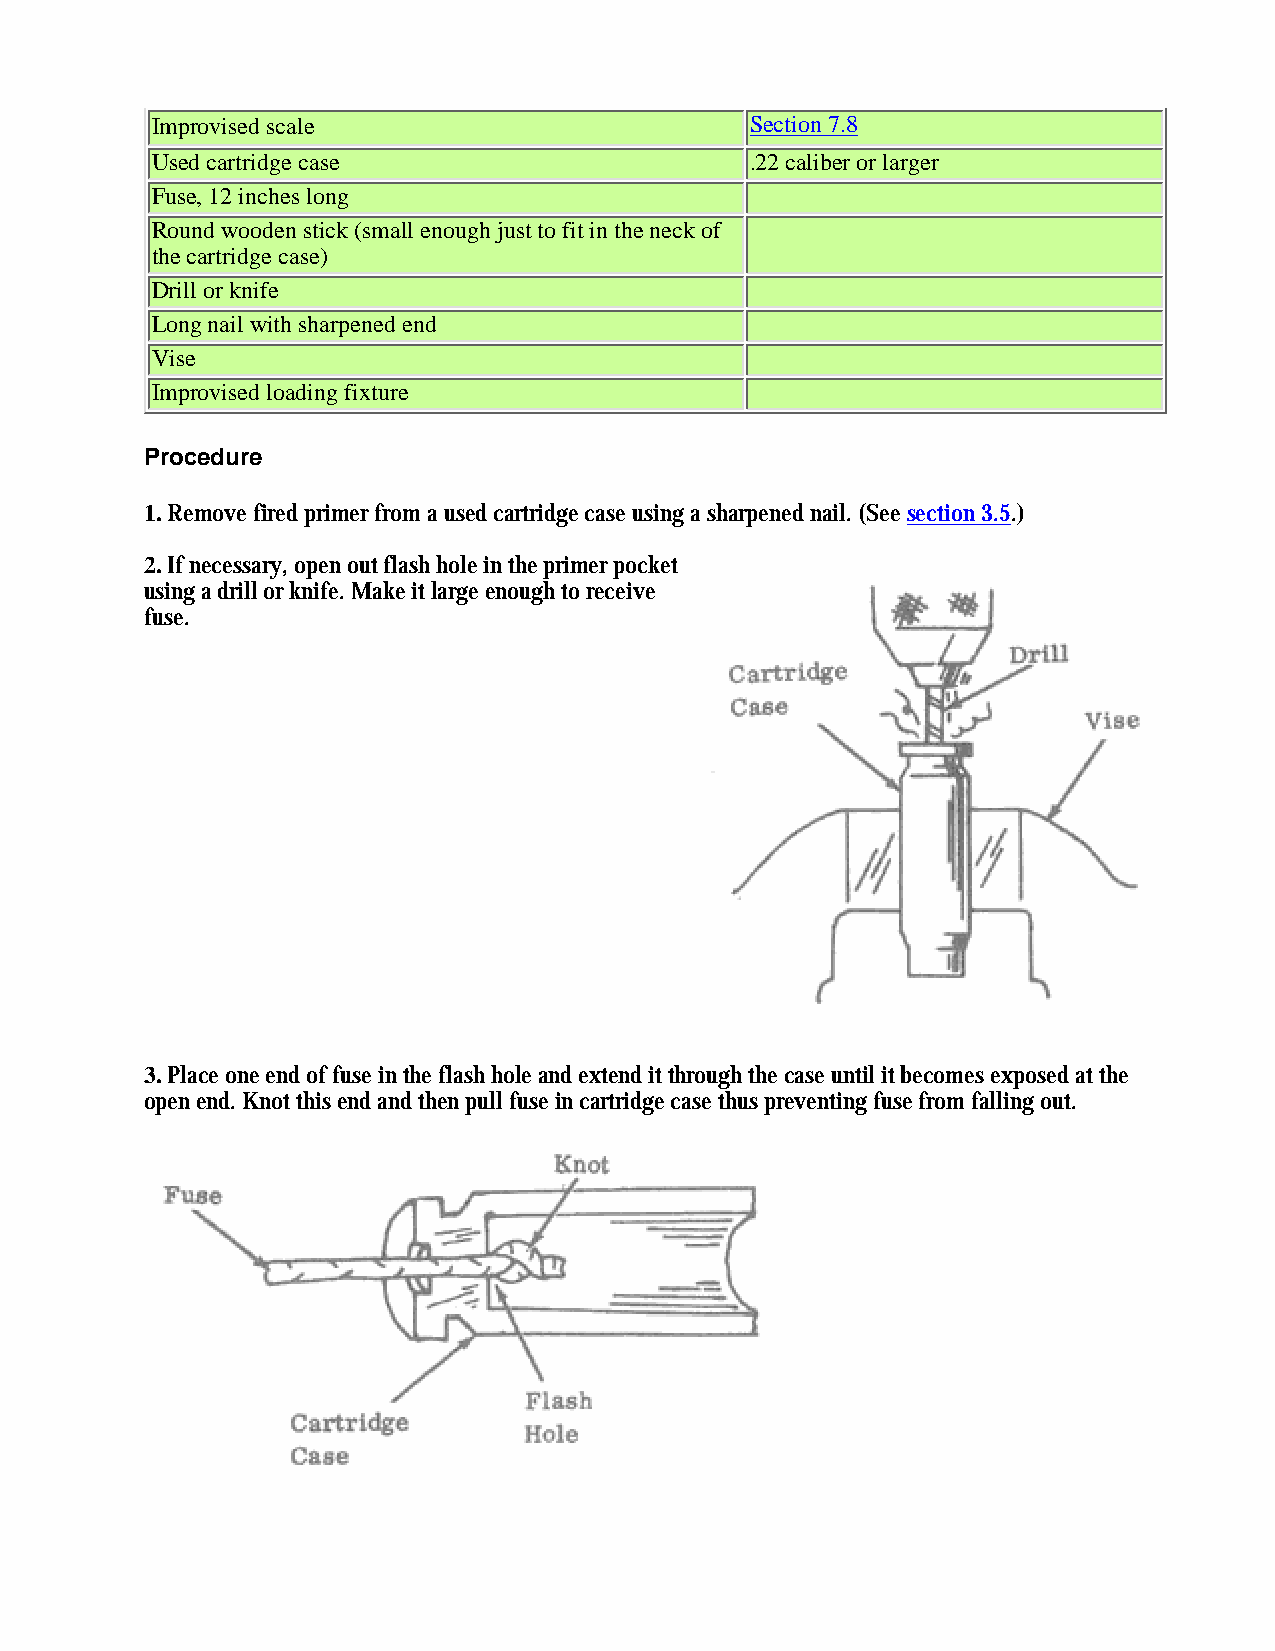
Improvised scale                        Section 7.8
 Used cartridge case                     .22 caliber or larger
 Fuse, 12 inches long
 Round wooden stick (small enough just to fit in the neck of
 the cartridge case)
 Drill or knife
 Long nail with sharpened end
 Vise
 Improvised loading fixture
 Procedure
 1. Remove fired primer from a used cartridge case using a sharpened nail. (See section 3.5.)
 2. If necessary, open out flash hole in the primer pocket
 using a drill or knife. Make it large enough to receive
 fuse.
 3. Place one end of fuse in the flash hole and extend it through the case until it becomes exposed at the
 open end. Knot this end and then pull fuse in cartridge case thus preventing fuse from falling out.